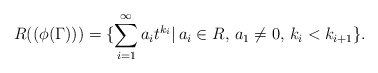
\begin{align*}R ((\phi(\Gamma))) = \{ \sum_{i=1} ^\infty a_i t^{k_i}|\, a_i \in R, \, a_1 \not = 0, \, k_i < k_{ i+1}\}.\end{align*}